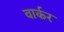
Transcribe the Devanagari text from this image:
वार्कर